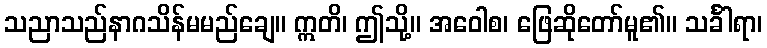
သညာသည်နာဂသိန်မမည်ချေ။ ဣတိ၊ ဤသို့။ အဝေါစ၊ ဖြေဆိုတော်မူ၏။ သင်္ခါရာ၊